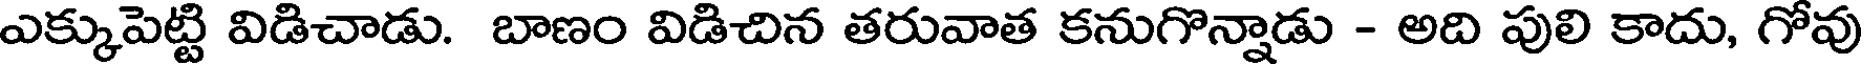
ఎక్కుపెట్టి విడిచాడు. బాణం విడిచిన తరువాత కనుగొన్నాడు - అది పులి కాదు, గోవు